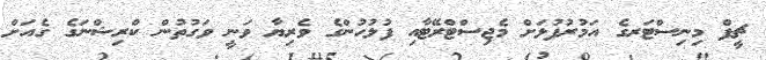
ޗީފް މިނިސްޓަރގެ އަމުރުފުޅަށް މެޖިސްޓްރޭޓާއި ފުލުހުންގެ ވެރިޔާ ވަނީ ވަގުތުން ކްރިޝްނަގެ ގެއަށް